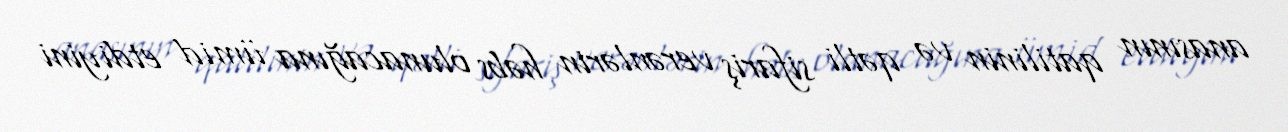
anasının qatilinin və qətli sifariş verənlərin həbs olunacağına ümid etdiyini